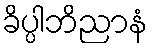
ခိပ္ပါဘိညာနံ